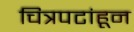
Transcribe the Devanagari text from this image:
चित्रपटांहून